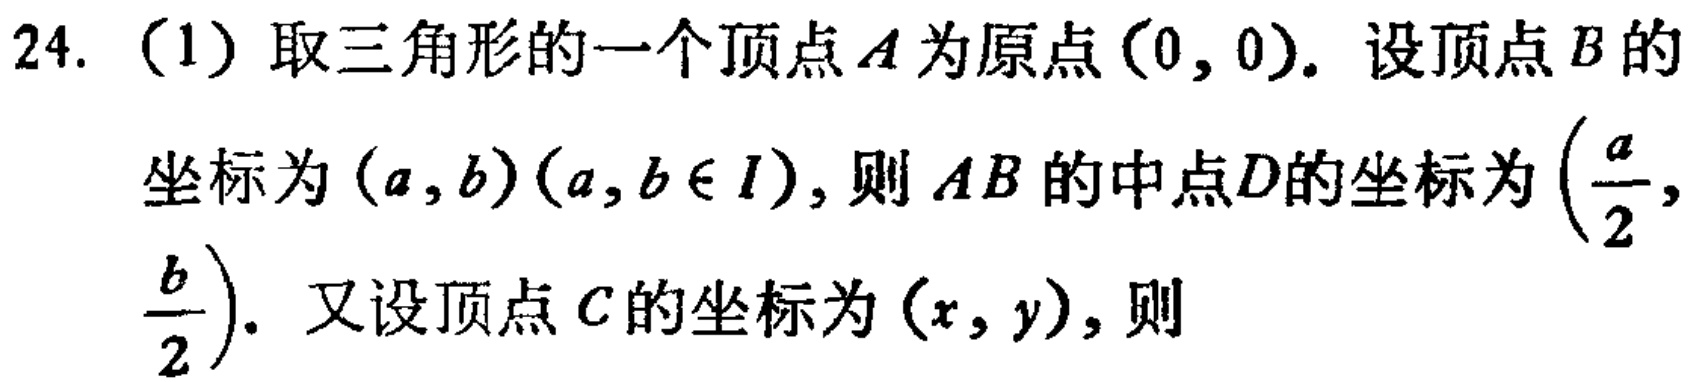
24. (1) 取三角形的一个顶点\(A\)为原点\((0, 0)\). 设顶点\(B\)的坐标为\((a, b)(a, b\in I)\), 则\(AB\)的中点\(D\)的坐标为\((\frac{a}{2}, \frac{b}{2})\). 又设顶点\(C\)的坐标为\((x, y)\), 则